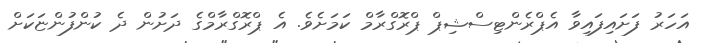
އަހަރު ފަށައިފައިވާ އެޕްރެންޓިސްޝިޕް ޕްރޮގްރާމް ކަމަށެވެ. އެ ޕްރޮގްރާމްގެ ދަށުން ދެ ކުންފުންޏަކަށް